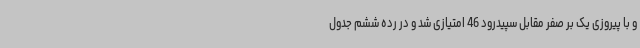
و با پیروزی یک بر صفر مقابل سپیدرود 46 امتیازی شد و در رده ششم جدول